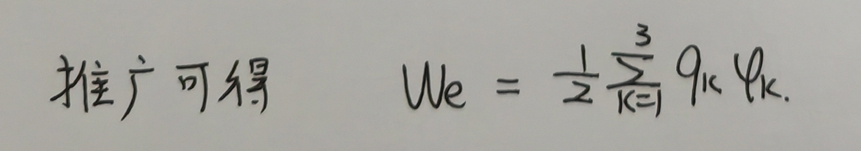
推广可得 \(We = \frac{1}{2}\sum_{k = 1}^{3}q_{k}\varphi_{k}\)